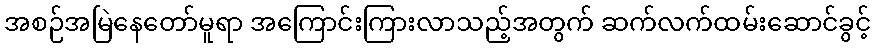
အစဉ်အမြဲနေတော်မူရာ အကြောင်းကြားလာသည့်အတွက် ဆက်လက်ထမ်းဆောင်ခွင့်